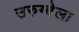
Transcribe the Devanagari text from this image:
उरुग्वेला